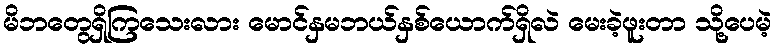
မိဘတွေရှိကြသေးလား မောင်နှမဘယ်နှစ်ယောက်ရှိလဲ မေးခဲ့ဖူးတာ သို့ပေမဲ့